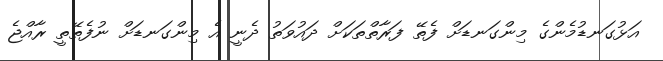
އަޅުގަނޑުމެންގެ މިންގަނޑަށް ފެތޭ ފަރާތްތަކަށް ދައުވަތު ދެނީ އެ މިންގަނޑަށް ނުފެތޭތީ ރާއްޖެ